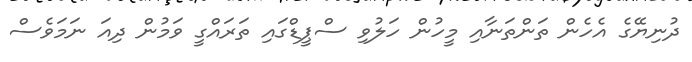
ދުނިޔޭގެ އެހެން ތަންތަނާއި މީހުން ހަލުވި ސްޕީޑްގައި ތަރައްގީ ވަމުން ދިއަ ނަމަވެސް